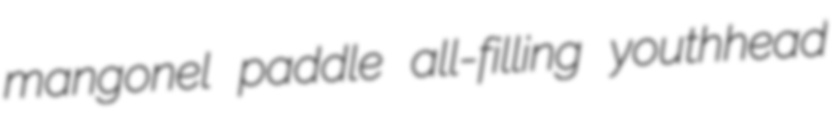
mangonel paddle all-filling youthhead